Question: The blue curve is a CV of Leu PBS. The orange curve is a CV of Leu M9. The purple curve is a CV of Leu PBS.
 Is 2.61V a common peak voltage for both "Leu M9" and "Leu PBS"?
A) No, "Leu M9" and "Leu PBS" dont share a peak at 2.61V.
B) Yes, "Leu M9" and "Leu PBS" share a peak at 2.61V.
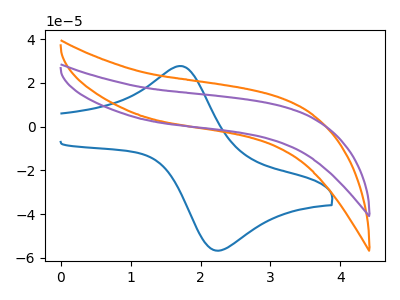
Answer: <think>The blue curve "Leu PBS" has an anodic peak at (1.70V, 27.75uA) and a cathodic peak at (2.20V, -56.55uA). The orange curve "Leu M9" has no peaks. The purple curve "Leu PBS" has no peaks.</think>
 <answer>A) No, "Leu M9" and "Leu PBS" dont share a peak at 2.61V.</answer>
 <eval>A</eval>